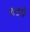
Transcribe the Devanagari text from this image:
गेटसे